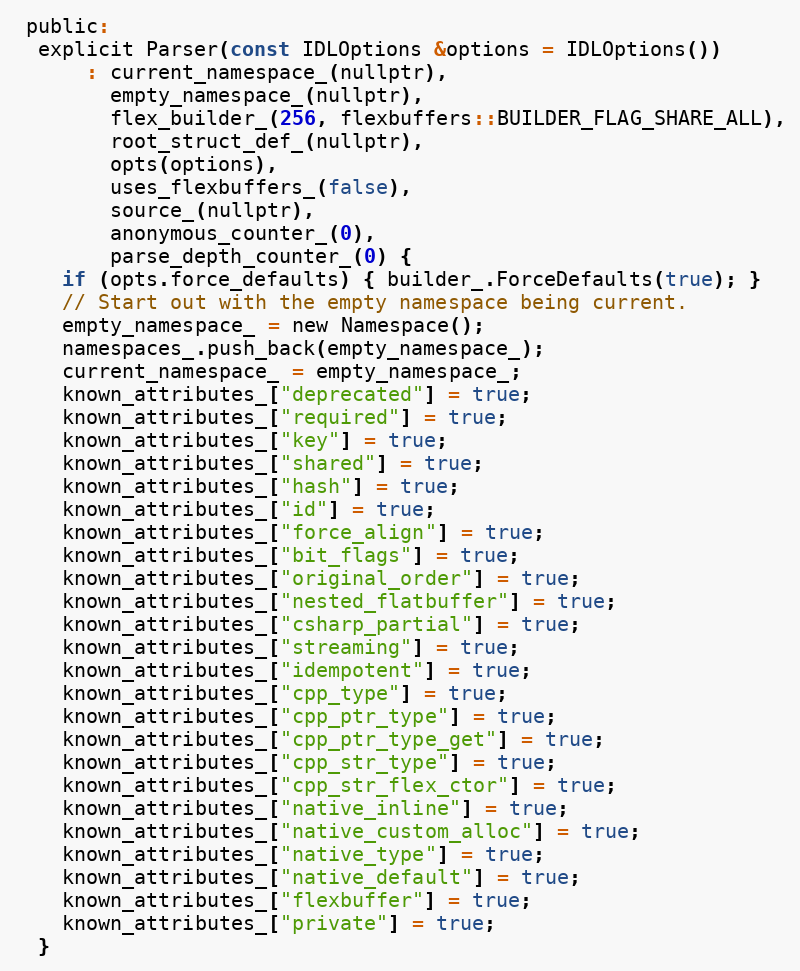
Language: C
 public:
  explicit Parser(const IDLOptions &options = IDLOptions())
      : current_namespace_(nullptr),
        empty_namespace_(nullptr),
        flex_builder_(256, flexbuffers::BUILDER_FLAG_SHARE_ALL),
        root_struct_def_(nullptr),
        opts(options),
        uses_flexbuffers_(false),
        source_(nullptr),
        anonymous_counter_(0),
        parse_depth_counter_(0) {
    if (opts.force_defaults) { builder_.ForceDefaults(true); }
    // Start out with the empty namespace being current.
    empty_namespace_ = new Namespace();
    namespaces_.push_back(empty_namespace_);
    current_namespace_ = empty_namespace_;
    known_attributes_["deprecated"] = true;
    known_attributes_["required"] = true;
    known_attributes_["key"] = true;
    known_attributes_["shared"] = true;
    known_attributes_["hash"] = true;
    known_attributes_["id"] = true;
    known_attributes_["force_align"] = true;
    known_attributes_["bit_flags"] = true;
    known_attributes_["original_order"] = true;
    known_attributes_["nested_flatbuffer"] = true;
    known_attributes_["csharp_partial"] = true;
    known_attributes_["streaming"] = true;
    known_attributes_["idempotent"] = true;
    known_attributes_["cpp_type"] = true;
    known_attributes_["cpp_ptr_type"] = true;
    known_attributes_["cpp_ptr_type_get"] = true;
    known_attributes_["cpp_str_type"] = true;
    known_attributes_["cpp_str_flex_ctor"] = true;
    known_attributes_["native_inline"] = true;
    known_attributes_["native_custom_alloc"] = true;
    known_attributes_["native_type"] = true;
    known_attributes_["native_default"] = true;
    known_attributes_["flexbuffer"] = true;
    known_attributes_["private"] = true;
  }